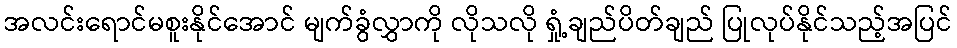
အလင်းရောင်မစူးနိုင်အောင် မျက်ခွံလွှာကို လိုသလို ရှုံ့ချည်ပိတ်ချည် ပြုလုပ်နိုင်သည့်အပြင်